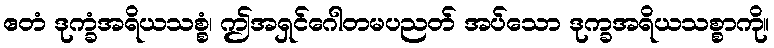
ဧတံ ဒုက္ခံအရိယသစ္စံ၊ ဤအရှင်ဂေါတမပညတ် အပ်သော ဒုက္ခအရိယသစ္စာကို။